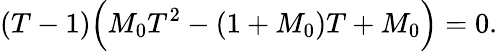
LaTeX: (T-1)\Bigl(M_{0}T^{2}-(1+M_{0})T+M_{0}\Bigr)=0.